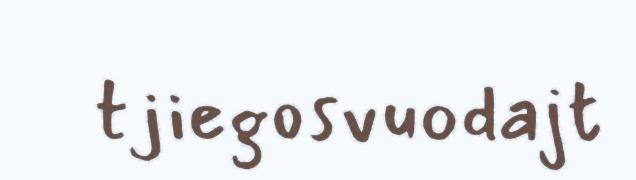
tjiegosvuodajt